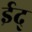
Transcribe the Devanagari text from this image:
ईद्